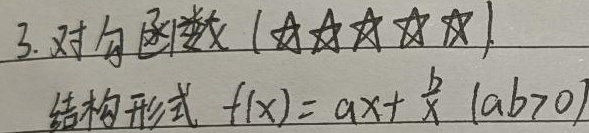
3. 对勾函数 (★★★★★)
结构形式 \(f(x)=ax + \frac{b}{x}\ (ab>0)\)